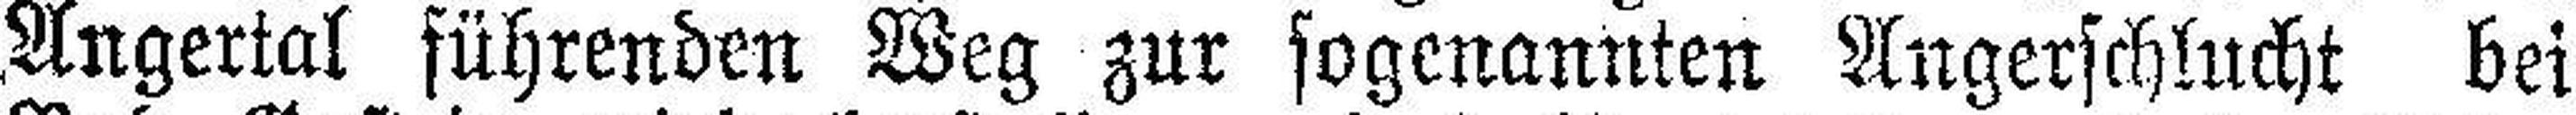
Angertal führenden Weg zur sogenannten Angerschlucht bei